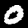
Digit: 0